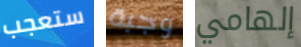
ستعجب وجبة إلهامي